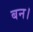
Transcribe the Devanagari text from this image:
बन।